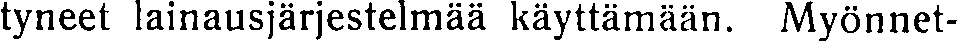
tyneet lainausjärjestelmää käyttämään. Myönnet-